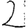
Digit: 2